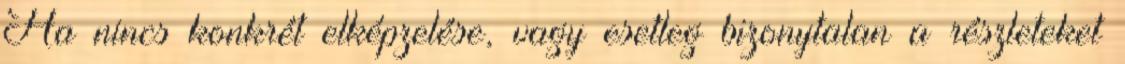
Ha nincs konkrét elképzelése, vagy esetleg bizonytalan a részleteket